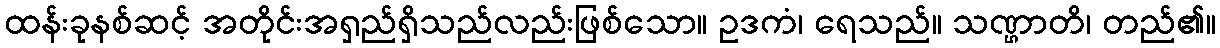
ထန်းခုနစ်ဆင့် အတိုင်းအရှည်ရှိသည်လည်းဖြစ်သော။ ဥဒကံ၊ ရေသည်။ သဏ္ဌာတိ၊ တည်၏။